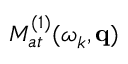
{ \cal M } _ { a t } ^ { ( 1 ) } ( \omega _ { k } , \mathbf { q } )